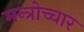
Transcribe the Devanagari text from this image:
मन्त्रोच्चार